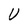
Character: U